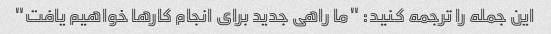
این جمله را ترجمه کنید: "ما راهی جدید برای انجام کارها خواهیم یافت"